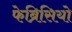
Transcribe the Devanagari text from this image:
फेब्रिसियो